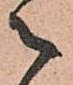
々